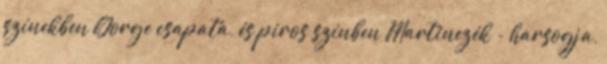
színekben Gorge csapata, és piros színben Martinezék - harsogja,